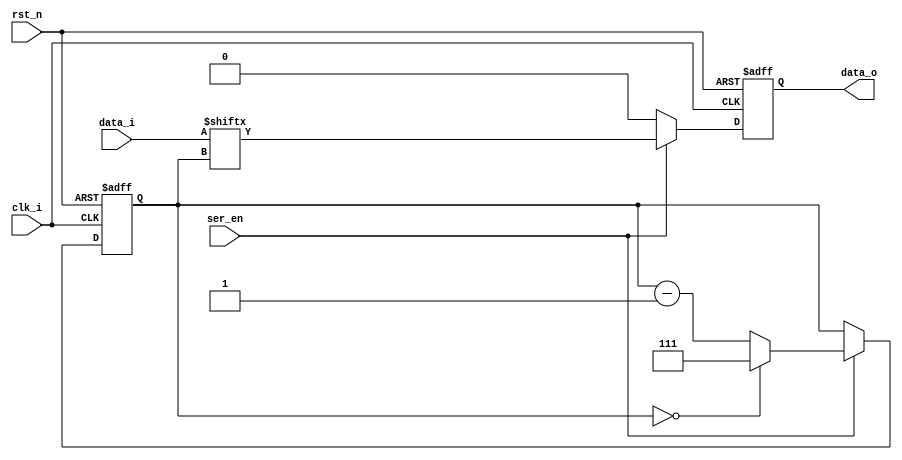
module serialiser#(
    parameter WIDTH = 8
)(
    input [WIDTH-1:0] data_i,
    input ser_en,
          rst_n,
          clk_i,
    output reg data_o
);
reg [2:0] i;
always @(posedge clk_i or negedge rst_n) begin
    if(!rst_n)begin
        data_o <= {WIDTH{1'b0}};
        i<=WIDTH-1;
    end
    else begin
        if(ser_en)begin
            data_o <= data_i[i];
            i <= i-1;
            if(i==3'd0)begin
                i <= WIDTH-1;
            end
        end
        else begin
            data_o <= {WIDTH{1'b0}};
        end
    end
end

endmodule